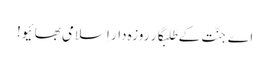
اے جنَّت کے طَلَبگار روزہ دار اِسلامی بھائیو!